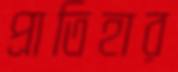
প্রাতিহার